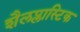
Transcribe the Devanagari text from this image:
शैलप्लास्टिक